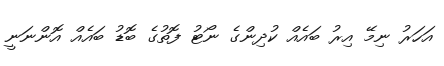
އަހަރު ނިމޭ އިރު ބައެއް ކުދިންގެ ނޯޓު ފޮތުގެ ބޮޑު ބައެއް އޮންނަނީ